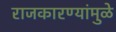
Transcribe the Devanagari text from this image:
राजकारण्यांमुळे